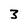
Character: 3